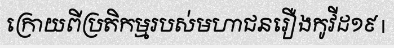
ក្រោយពីប្រតិកម្មរបស់មហាជនរឿងកូវីដ១៩ |